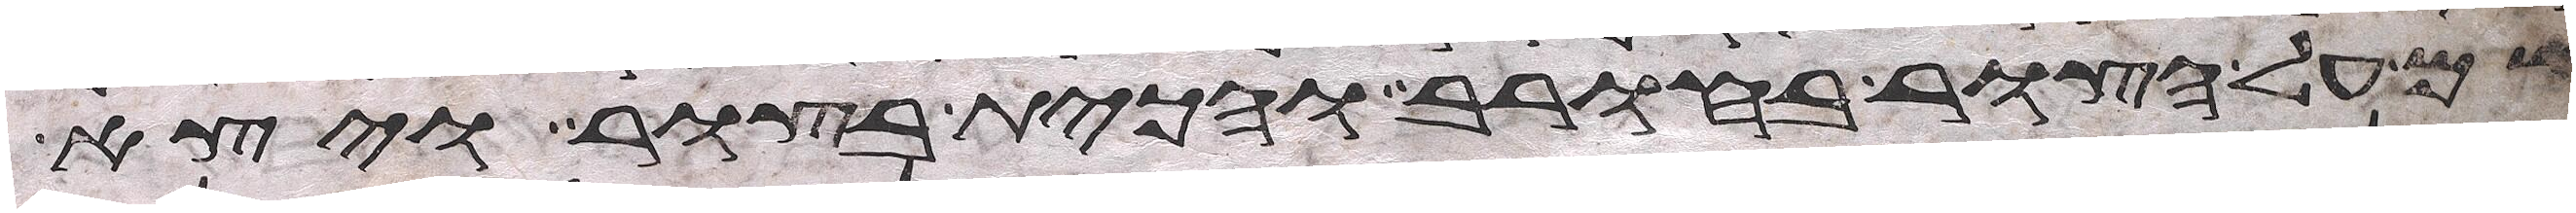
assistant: שם על הצור בחורב והכית בצור ויצא